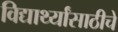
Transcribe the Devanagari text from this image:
विद्यार्थ्यांसाठीचे